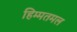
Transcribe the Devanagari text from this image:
हिम्मतमल